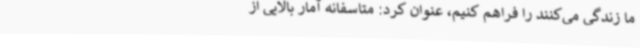
ما زندگی می‌کنند را فراهم کنیم، عنوان کرد: متاسفانه آمار بالایی از